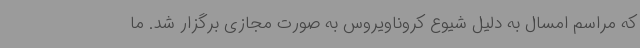
که مراسم امسال به دلیل شیوع کروناویروس به صورت مجازی برگزار شد. ما